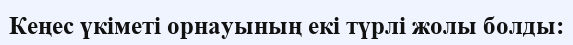
Кеңес үкіметі орнауының екі түрлі жолы болды: